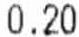
0.20